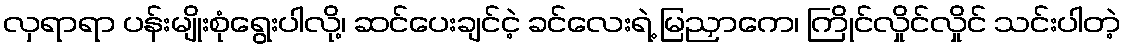
လှရာရာ ပန်းမျိုးစုံရွေးပါလို့၊ ဆင်ပေးချင်ငဲ့ ခင်လေးရဲ့ မြညှာကေ၊ ကြိုင်လှိုင်လှိုင် သင်းပါတဲ့